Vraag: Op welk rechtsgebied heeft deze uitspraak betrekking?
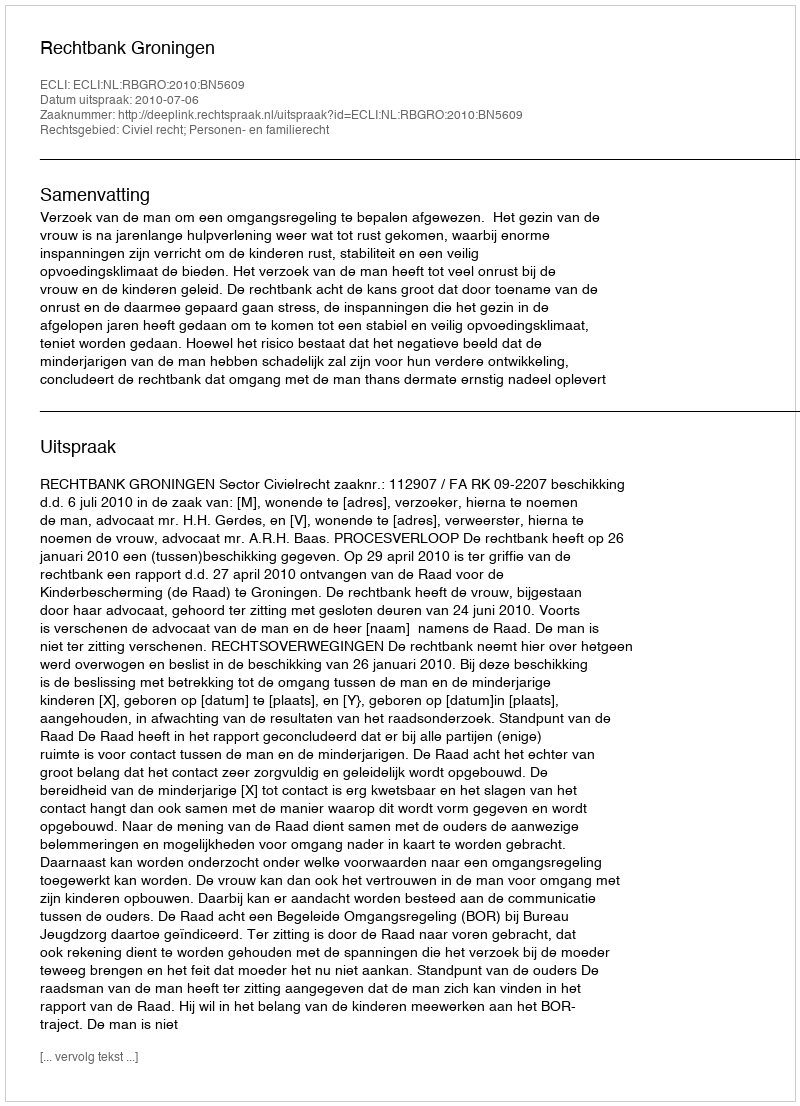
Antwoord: Civiel recht; Personen- en familierecht